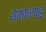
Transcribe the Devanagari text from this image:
थेक्केरपट्टु